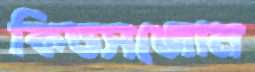
কিডসজোন